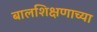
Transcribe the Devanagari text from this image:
बालशिक्षणाच्या